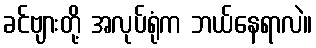
ခင်ဗျားတို့ အလုပ်ရုံက ဘယ်နေရာလဲ။